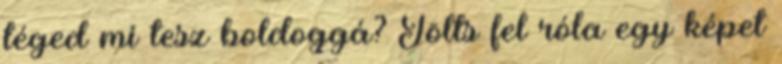
téged mi tesz boldoggá? Tölts fel róla egy képet